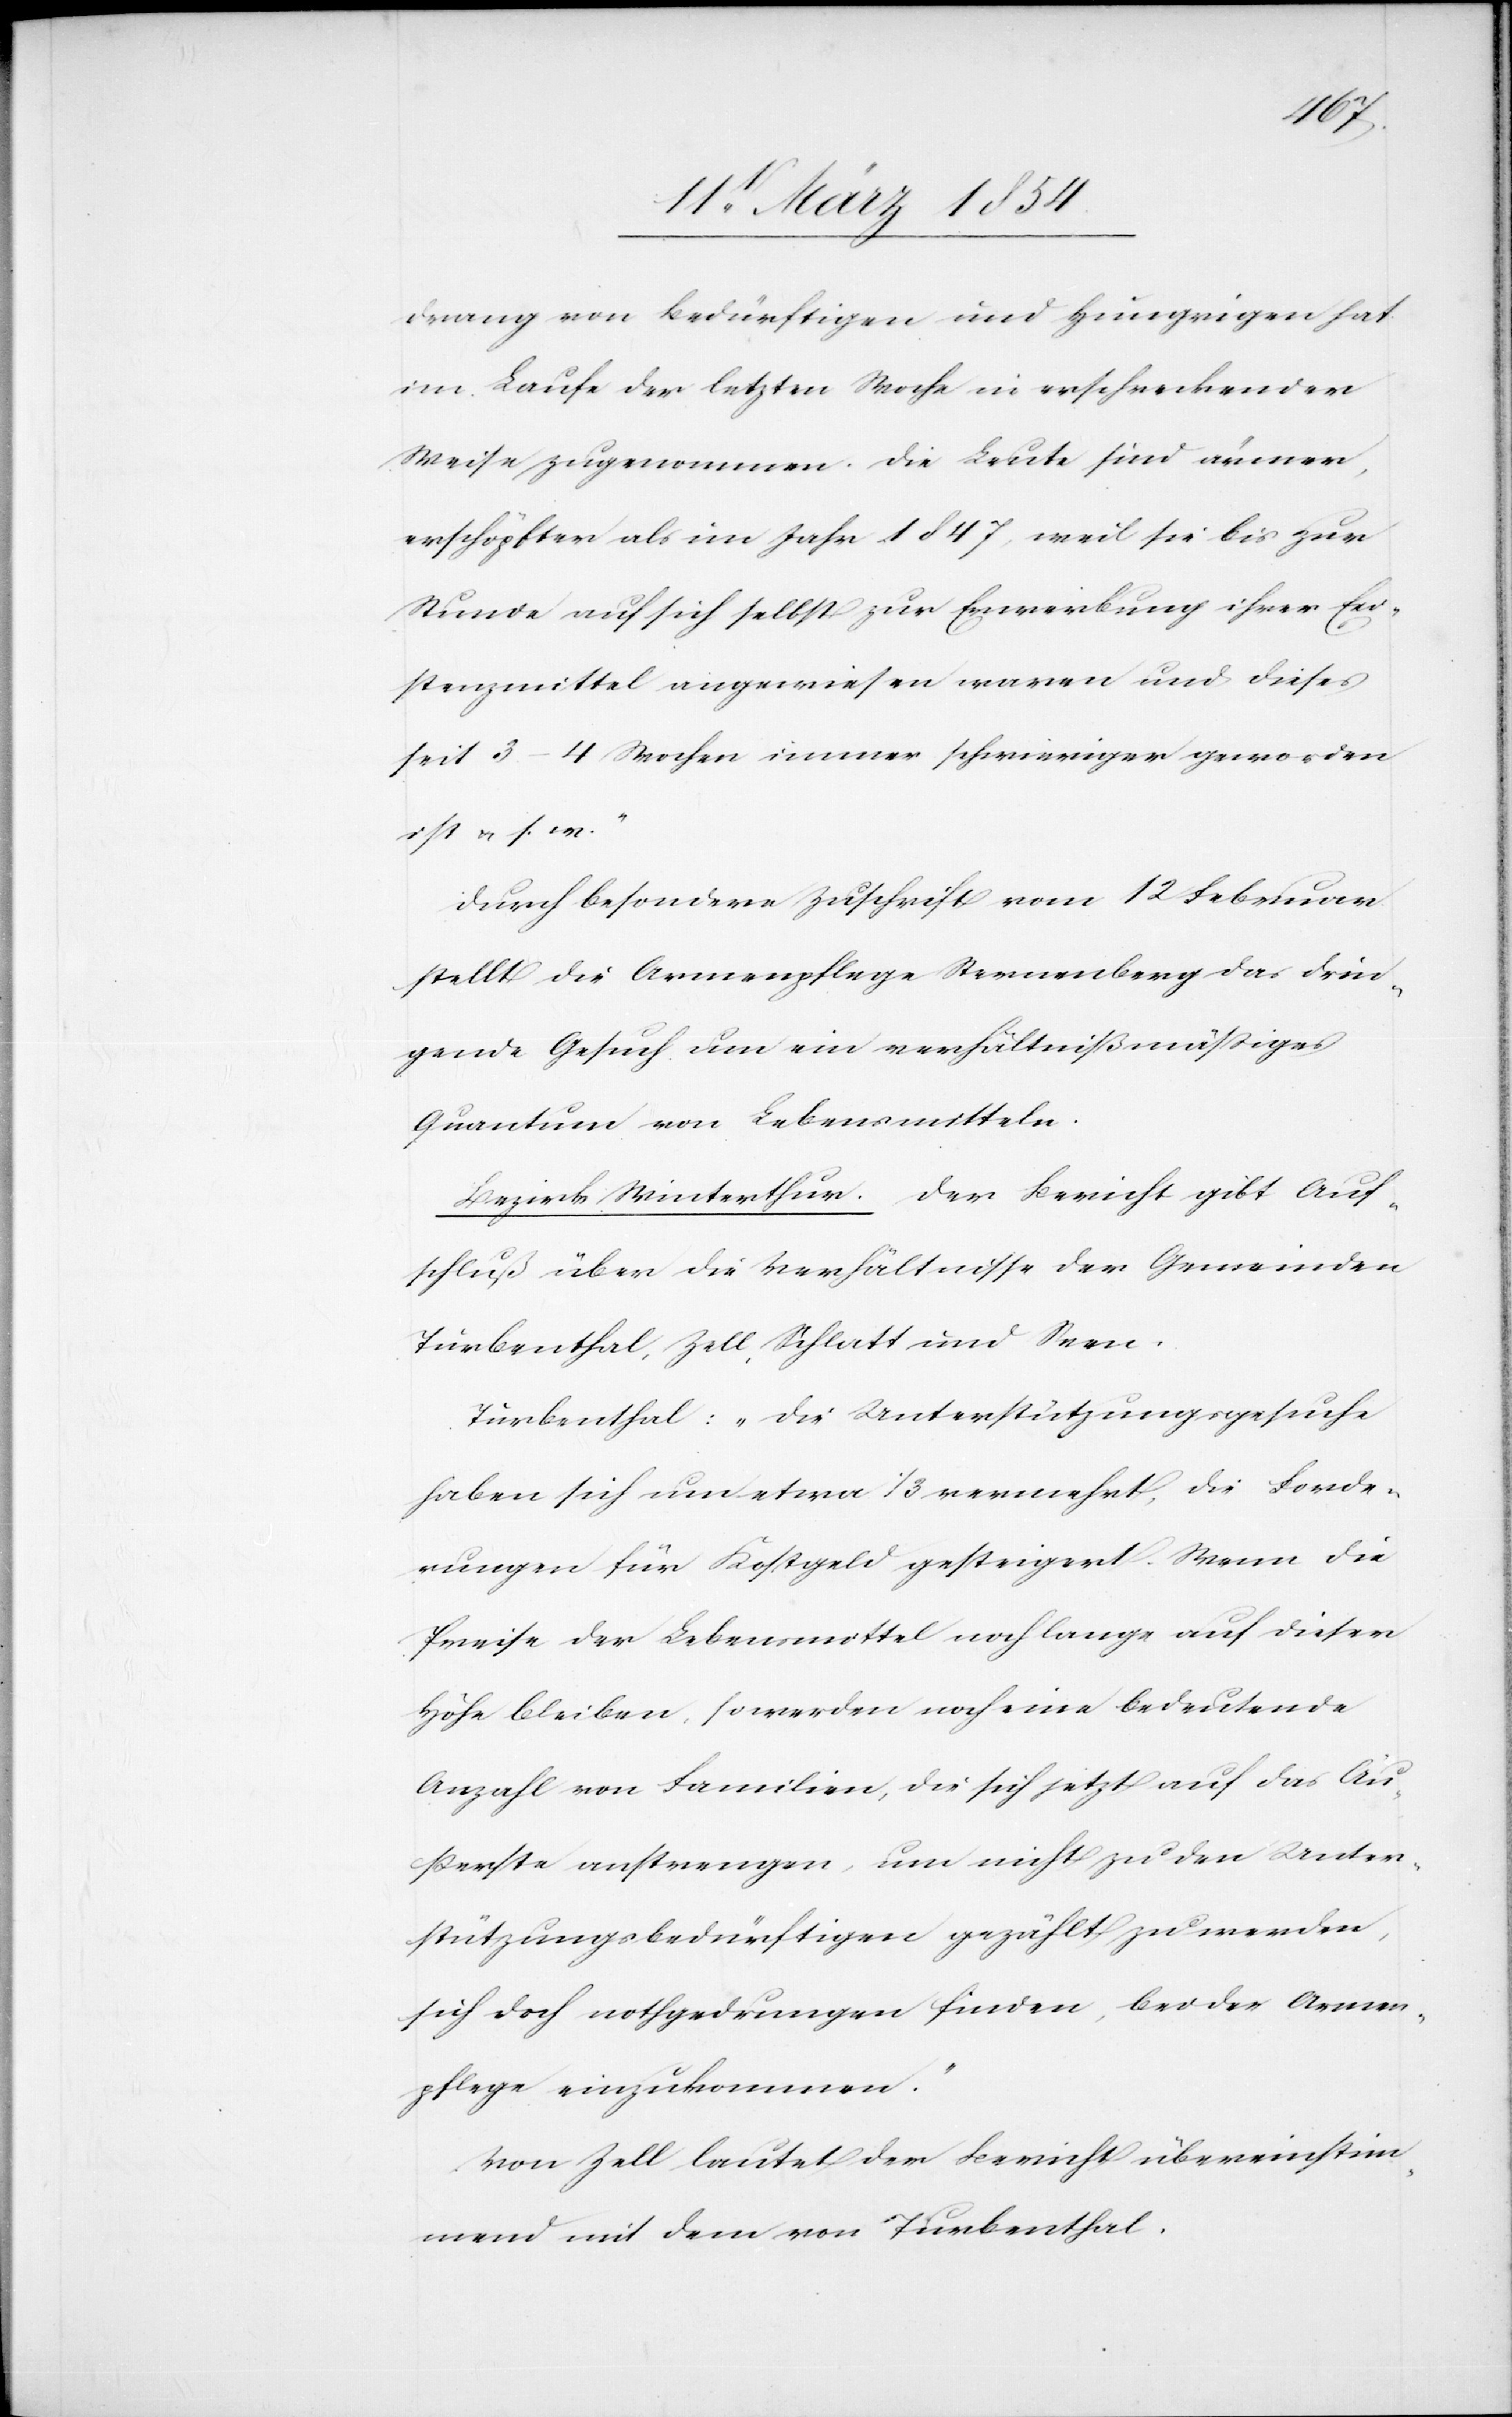
drang von Bedürftigen und Hungrigen hat
im Laufe der letzten Woche in erschreckender
Weise zugenommen. Die Leute sind ärmer,
erschöpfter als im Jahr 1847, weil sie bis zu
Stunde auf sich selbst zur Erwerbung ihrer Exi¬
stenzmittel angewiesen waren und dieses
seit 3–4 Wochen immer schwieriger geworden
ist u. s. w.“
Durch besondere Zuschrift vom 12 Februar
stellt die Armenpflege Sternenberg das drin¬
gende Gesuch um ein verhältnißmäßiges
Quantum von Lebensmitteln.
Bezirk Winterthur. Der Bericht gibt Auf¬
schluß über die Verhältnisse der Gemeinden
Turbenthal, Zell, Schlatt und Seen.
Turbenthal: „Die Unterstützungsgesuche
haben sich um etwa 1/3 vermehrt, die Forde¬
rungen für Kostgeld gesteigert. Wenn die
Preise der Lebensmittel noch lange auf dieser
Höhe bleiben, so werden noch eine bedeutende
Anzahl von Familien, die sich jetzt auf das Äu¬
ßerste anstrengen, um nicht zu den Unter¬
stützungsbedürftigen gezählt zu werden
sich doch nothgedrungen finden, bei der Armen¬
pflege einzukommen.“
Von Zell lautet der Bericht übereinstim¬
mend mit dem von Turbenthal.